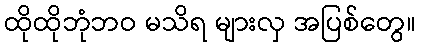
ထိုထိုဘုံဘဝ မသိရ များလှ အပြစ်တွေ။